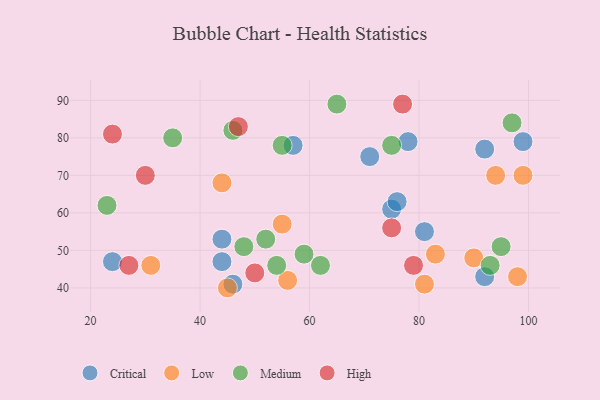
{"axis": {"x": "GDP", "y": "Life Expectancy"}, "legend": ["Critical", "High", "Low", "Medium"], "data": [{"x": "81", "y": 55, "type": "Critical"}, {"x": "99", "y": 79, "type": "Critical"}, {"x": "44", "y": 47, "type": "Critical"}, {"x": "75", "y": 61, "type": "Critical"}, {"x": "92", "y": 77, "type": "Critical"}, {"x": "76", "y": 63, "type": "Critical"}, {"x": "57", "y": 78, "type": "Critical"}, {"x": "44", "y": 53, "type": "Critical"}, {"x": "46", "y": 41, "type": "Critical"}, {"x": "78", "y": 79, "type": "Critical"}, {"x": "92", "y": 43, "type": "Critical"}, {"x": "24", "y": 47, "type": "Critical"}, {"x": "71", "y": 75, "type": "Critical"}, {"x": "31", "y": 46, "type": "Low"}, {"x": "81", "y": 41, "type": "Low"}, {"x": "83", "y": 49, "type": "Low"}, {"x": "44", "y": 68, "type": "Low"}, {"x": "55", "y": 57, "type": "Low"}, {"x": "56", "y": 42, "type": "Low"}, {"x": "94", "y": 70, "type": "Low"}, {"x": "99", "y": 70, "type": "Low"}, {"x": "45", "y": 40, "type": "Low"}, {"x": "98", "y": 43, "type": "Low"}, {"x": "90", "y": 48, "type": "Low"}, {"x": "48", "y": 51, "type": "Medium"}, {"x": "35", "y": 80, "type": "Medium"}, {"x": "75", "y": 78, "type": "Medium"}, {"x": "97", "y": 84, "type": "Medium"}, {"x": "93", "y": 46, "type": "Medium"}, {"x": "54", "y": 46, "type": "Medium"}, {"x": "23", "y": 62, "type": "Medium"}, {"x": "95", "y": 51, "type": "Medium"}, {"x": "65", "y": 89, "type": "Medium"}, {"x": "59", "y": 49, "type": "Medium"}, {"x": "55", "y": 78, "type": "Medium"}, {"x": "52", "y": 53, "type": "Medium"}, {"x": "62", "y": 46, "type": "Medium"}, {"x": "46", "y": 82, "type": "Medium"}, {"x": "50", "y": 44, "type": "High"}, {"x": "79", "y": 46, "type": "High"}, {"x": "47", "y": 83, "type": "High"}, {"x": "77", "y": 89, "type": "High"}, {"x": "30", "y": 70, "type": "High"}, {"x": "27", "y": 46, "type": "High"}, {"x": "24", "y": 81, "type": "High"}, {"x": "75", "y": 56, "type": "High"}]}